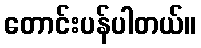
တောင်းပန်ပါတယ်။